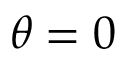
\theta = 0